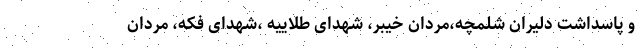
و پاسداشت دلیران شلمچه،مردان خیبر، شهدای طلاییه ،شهدای فکه، مردان